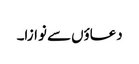
دعاؤں سے نوازا۔